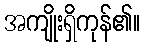
အကျိုးရှိကုန်၏။